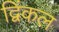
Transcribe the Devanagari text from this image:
द्विंकल